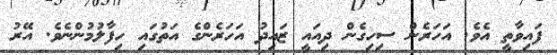
ފައިވާތީ އެވެ. އަހަރެން ސިހިގެން ދިއައީ ޒައިދު އަހަރެންގެ އަތުގައި ހިފާލުމުންނެވެ. އޭރު